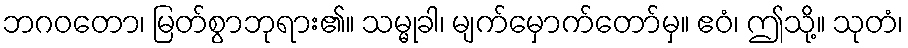
ဘဂဝတော၊ မြတ်စွာဘုရား၏။ သမ္မုခါ၊ မျက်မှောက်တော်မှ။ ဧဝံ၊ ဤသို့။ သုတံ၊